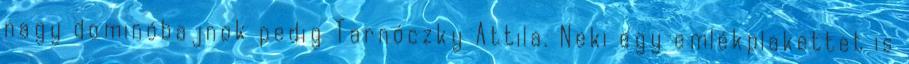
nagy dominóbajnok pedig Tarnóczky Attila. Neki egy emlékplakettet is